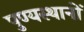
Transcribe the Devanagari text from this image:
पुण्यस्थानों